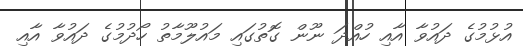
އުޅުމުގެ ދައުވާ އާއި ހުއްދަ ނޫން ގޮތުގައި މައުލޫމާތު ހޯދުމުގެ ދައުވާ އާއި